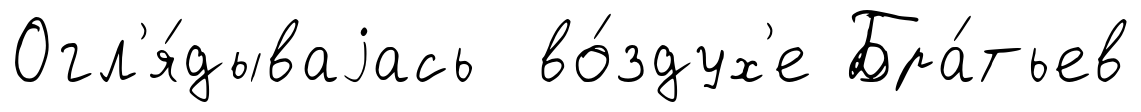
Огл'я́дываjась во́здух'е Бра́тьев